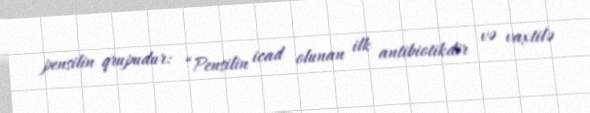
pensilin qrupudur: “Pensilin icad olunan ilk antibiotikdir və vaxtilə